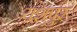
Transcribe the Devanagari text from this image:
यशपुर